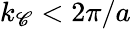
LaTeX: k_{\mathscr{C}}<2\pi/a